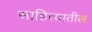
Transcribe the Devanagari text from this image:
साहित्‍यातील